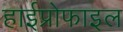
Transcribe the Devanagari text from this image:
हाईप्रोफाइल